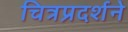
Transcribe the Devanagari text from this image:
चित्रप्रदर्शने